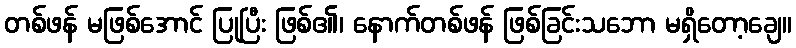
တစ်ဖန် မဖြစ်အောင် ပြုပြီး ဖြစ်၏၊ နောက်တစ်ဖန် ဖြစ်ခြင်းသဘော မရှိတော့ချေ။